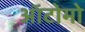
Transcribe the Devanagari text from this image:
ऑटोमो